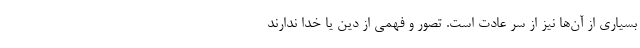
بسیاری از آن‌ها نیز از سر عادت است. تصور و فهمی از دین یا خدا ندارند